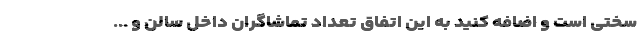
سختی است و اضافه کنید به این اتفاق تعداد تماشاگران داخل سالن و ...